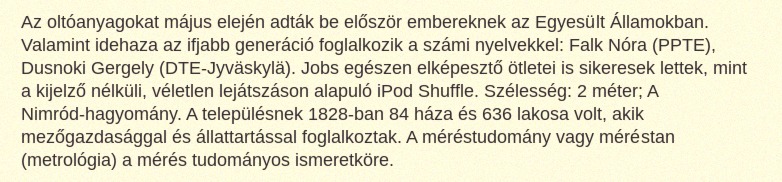
Az oltóanyagokat május elején adták be először embereknek az Egyesült Államokban. Valamint idehaza az ifjabb generáció foglalkozik a számi nyelvekkel: Falk Nóra (PPTE), Dusnoki Gergely (DTE-Jyväskylä). Jobs egészen elképesztő ötletei is sikeresek lettek, mint a kijelző nélküli, véletlen lejátszáson alapuló iPod Shuffle. Szélesség: 2 méter; A Nimród-hagyomány. A településnek 1828-ban 84 háza és 636 lakosa volt, akik mezőgazdasággal és állattartással foglalkoztak. A méréstudomány vagy méréstan (metrológia) a mérés tudományos ismeretköre.